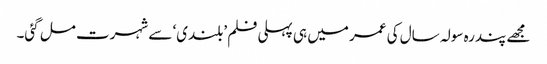
مجھے پندرہ سولہ سال کی عمر میں ہی پہلی فلم ’بلندی‘ سے شہرت مل گئی۔